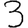
Digit: 3